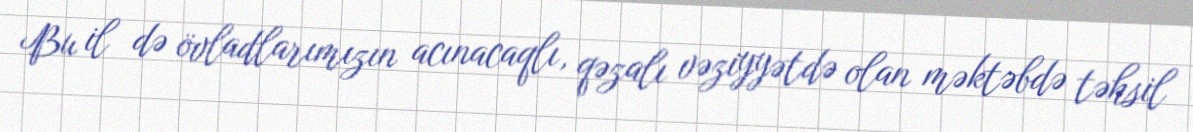
Bu il də övladlarımızın acınacaqlı, qəzalı vəziyyətdə olan məktəbdə təhsil